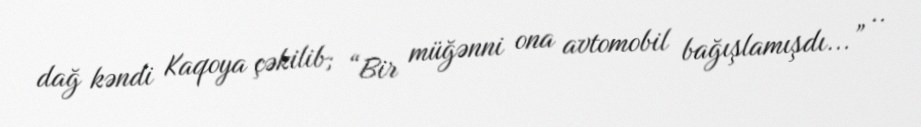
dağ kəndi Kaqoya çəkilib; “Bir müğənni ona avtomobil bağışlamışdı...” ..